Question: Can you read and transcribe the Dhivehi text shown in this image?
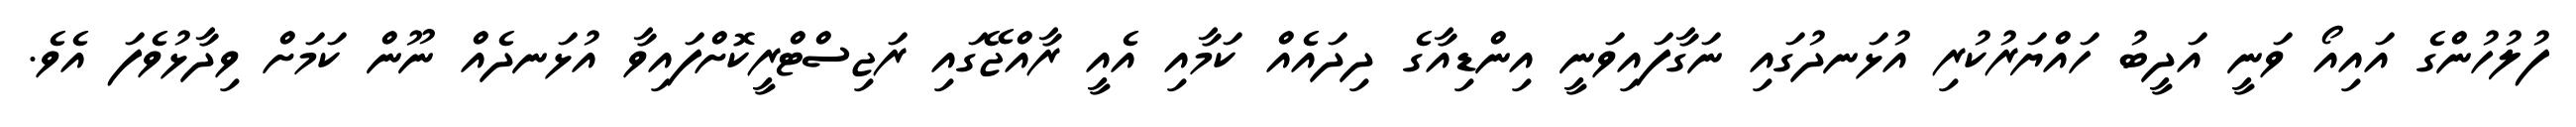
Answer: ފުލުހުންގެ އައިއޯ ވަނީ އަދީބު ހައްޔަރުކުރި އުޅަނދުގައި ނަގާފައިވަނީ އިންޑިއާގެ ދިދައެއް ކަމާއި އެއީ ރާއްޖޭގައި ރަޖިސްޓްރީކޮށްފައިވާ އުޅަނދެއް ނޫން ކަމަށް ވިދާޅުވެފަ އެވެ.